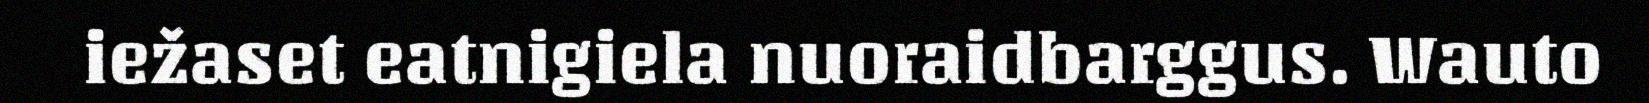
iežaset eatnigiela nuoraidbarggus. Wauto